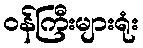
ဝန်ကြီးများရုံး